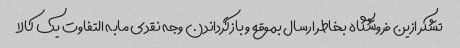
تشکر ازین فروشگاه بخاطر ارسال بموقع و بازگرداندن وجه نقدی مابه التفاوت یک کالا